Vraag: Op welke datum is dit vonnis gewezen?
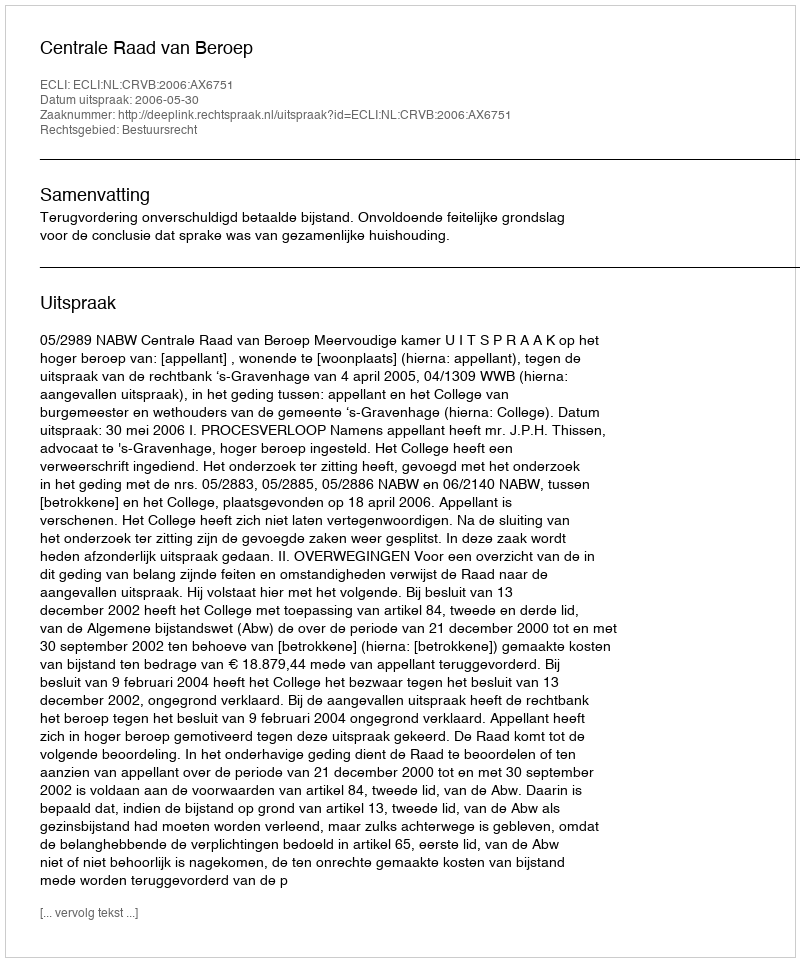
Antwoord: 2006-05-30